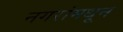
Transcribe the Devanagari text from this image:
नगरांमधून